Leaving Certificate Examination (including Day School Certificate (Higher) General paper), 1933
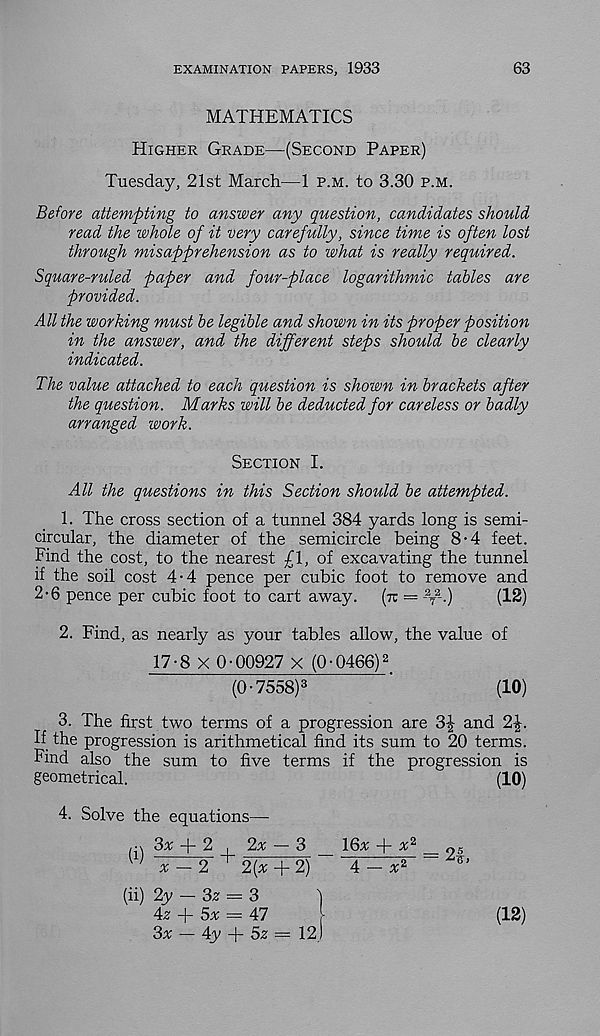
EXAMINATION PAPERS, 1933
63
MATHEMATICS
Higher Grade—(Second Paper)
Tuesday, 21st March—1 p.m. to 3.30 p.m.
Before attempting to answer any question, candidates should
read the whole of it very carefully, since time is often lost
through misapprehension as to what is really required.
Square-ruled paper and four-place logarithmic tables are
provided.
All the working must be legible and shown in its proper position
in the answer, and the different steps should be clearly
indicated.
The value attached to each question is shown in brackets after
the question. Marks will be deducted for careless or badly
arranged work.
Section I.
All the questions in this Section should be attempted.
1. The cross section of a tunnel 384 yards long is semi-
circular, the diameter of the semicircle being 8-4 feet.
Find the cost, to the nearest £1, of excavating the tunnel
if the soil cost 4-4 pence per cubic foot to remove and
2-6 pence per cubic foot to cart away,
(tc = - 2
T
2 -.)
(12)
2. Find, as nearly as your tables allow, the value of
17-8 X 0-00927 x (0-0466) 2
(0-7558) 3
'
(10)
3. The first two terms of a progression are
and 2|.
If the progression is arithmetical find its sum to 20 terms.
Find also the sum to five terms if the progression is
geometrical.
(10)
4. Solve the equations—-
,-n 3a + 2 , 2a — 3
16a -f- a 2 _
W
a - 2 + 2(a -j- 2)
4 - a 2 ”
(ii) 2y —• 3z = 3
)
42 + 5a = 47
3a — 4y + 5^ = 12,)
(12)